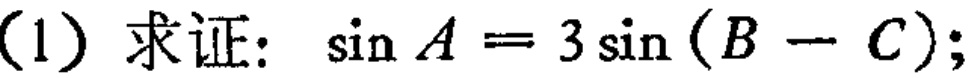
(1) 求证：\(\sin A = 3\sin (B - C)\);